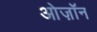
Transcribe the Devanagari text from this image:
ओज़ॉन